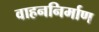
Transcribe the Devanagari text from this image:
वाहननिर्माण